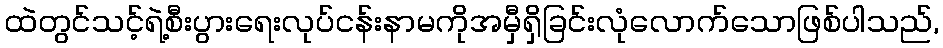
ထဲတွင်သင့်ရဲ့စီးပွားရေးလုပ်ငန်းနာမကိုအမှီရှိခြင်းလုံလောက်သောဖြစ်ပါသည်,